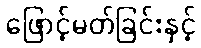
ဖြောင့်မတ်ခြင်းနှင့်